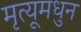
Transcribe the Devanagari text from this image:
मृत्यूमधुन